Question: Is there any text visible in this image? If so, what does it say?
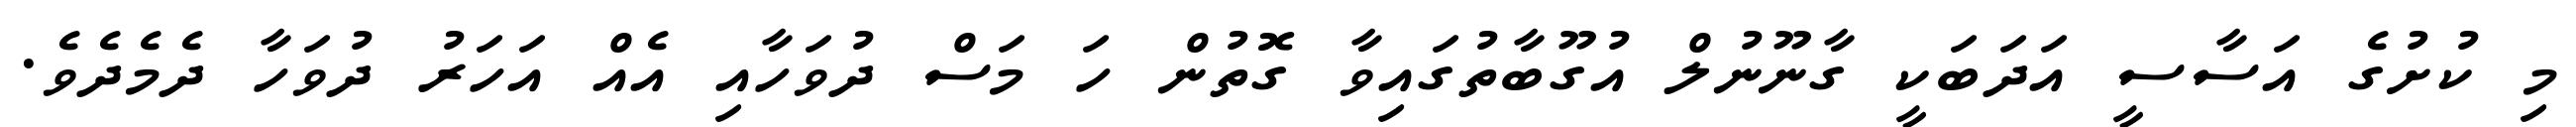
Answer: މި ކުށުގެ އަސާސީ އަދަބަކީ ގާނޫނުލް އުގޫބާތުގައިވާ ގޮތުން ހަ މަސް ދުވަހާއި އެއް އަހަރު ދުވަހާ ދެމެދެވެ.